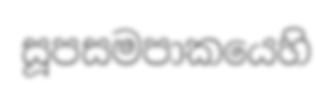
සූපසමපාකයෙහි